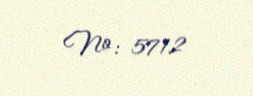
№: 5712